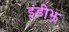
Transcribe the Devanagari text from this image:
इंडीझ़़